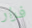
فرار